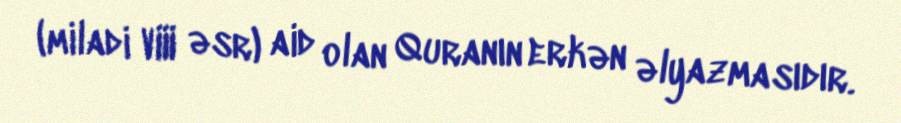
(miladi VIII əsr) aid olan Quranın erkən əlyazmasıdır.